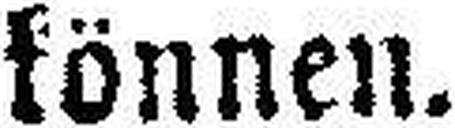
können.